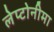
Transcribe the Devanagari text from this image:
लेप्टोनीमा